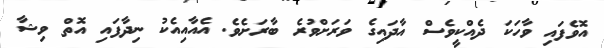
އޮވެފައި ވާހަކަ ދެއްކީވެސް އާދައިގެ ވަރަށްވުރެ ބާރަށެވެ. އެއާއިއެކު ނިދާފައި އޮތް ވިޝާ